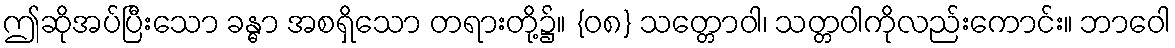
ဤဆိုအပ်ပြီးသော ခန္ဓာ အစရှိသော တရားတို့၌။ {၀၈} သတ္တောဝါ၊ သတ္တဝါကိုလည်းကောင်း။ ဘာဝေါ